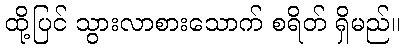
ထို့ပြင် သွားလာစားသောက် စရိတ် ရှိမည်။